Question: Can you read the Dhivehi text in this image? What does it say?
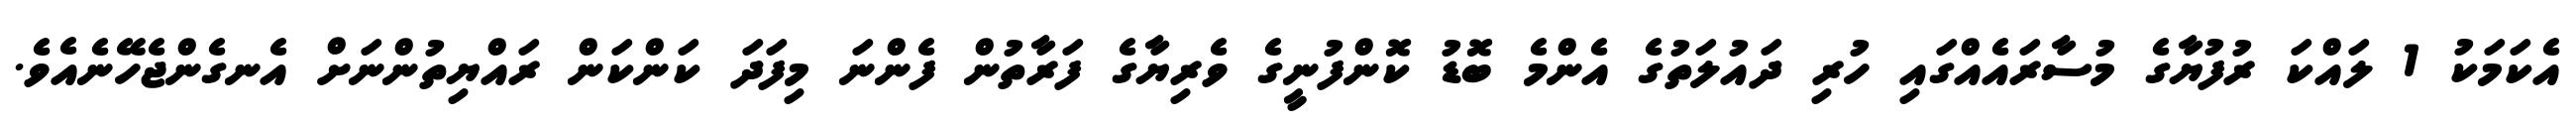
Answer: އެކަމަކު 1 ލައްކަ ރުފުޔާގެ މުސާރައެއްގައި ހުރި ދައުލަތުގެ އެންމެ ބޮޑު ކޮންފުނީގެ ވެރިޔާގެ ފަރާތުން ފެންނަ މިފަދަ ކަންކަން ރައްޔިތުންނަށް އެނގެންޖެހޭނެއެވެ.